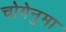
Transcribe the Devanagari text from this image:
चोगेनुमा